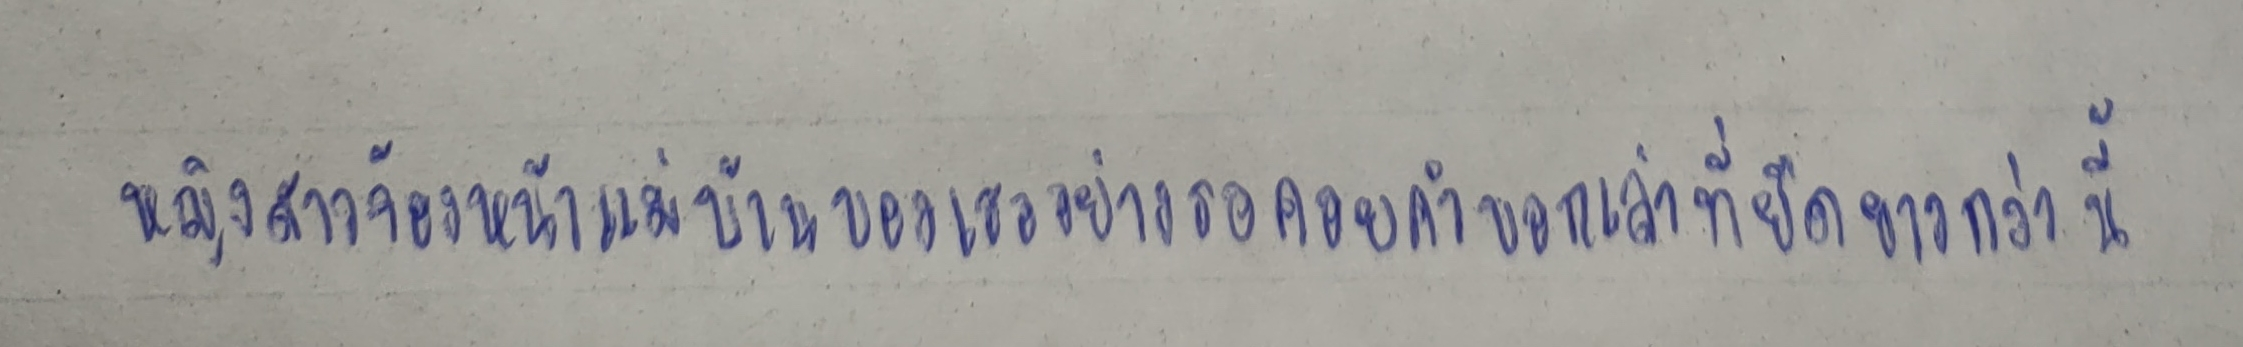
หญิงสาวจ้องหน้าแม่บ้านของเธออย่างรอคอยคำบอกเล่าที่ยืดยาวกว่านี้